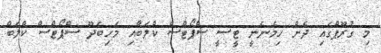
މި ގުރޫޕްގައި ދެން ހިމެނެނީ ޓީސީ ސްޕޯޓްސް ކްލަބާއި މަހިބަދޫ ސްޕޯޓްސް ކްލަބް